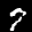
Label: 7